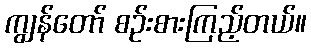
ကျွန်တော် စဉ်းစားကြည့်တယ်။